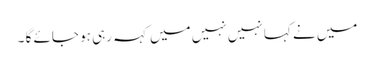
میں نے کہا نہیں نہیں میں کہہ رہی ہو جائے گا ۔